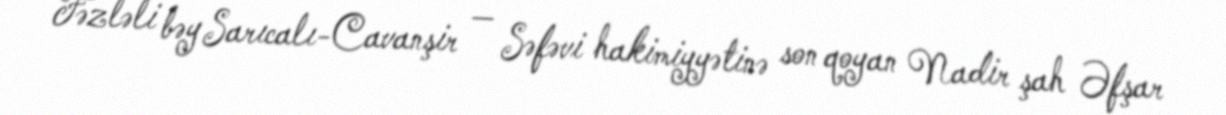
Fəzləli bəy Sarıcalı-Cavanşir — Səfəvi hakimiyyətinə son qoyan Nadir şah Əfşar